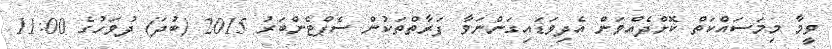
ވީމާ މިމަސައްކަތް ކޮށްދެއްވަން އެދިވަޑައިގަންނަވާ ފަރާތްތަކުން ސެޕްޓެންބަރު 2015 (ބުދަަ) ދުވަހުގެ 11:00